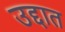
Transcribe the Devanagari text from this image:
उद्दात